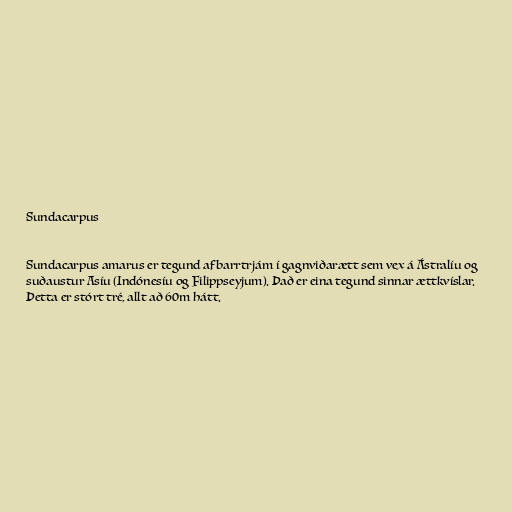
Sundacarpus

Sundacarpus amarus er tegund af barrtrjám í gagnviðarætt sem vex á Ástralíu og
suðaustur Asíu (Indónesíu og Filippseyjum). Það er eina tegund sinnar ættkvíslar.
Þetta er stórt tré, allt að 60m hátt.